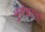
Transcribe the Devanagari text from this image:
भुलेश्वराची